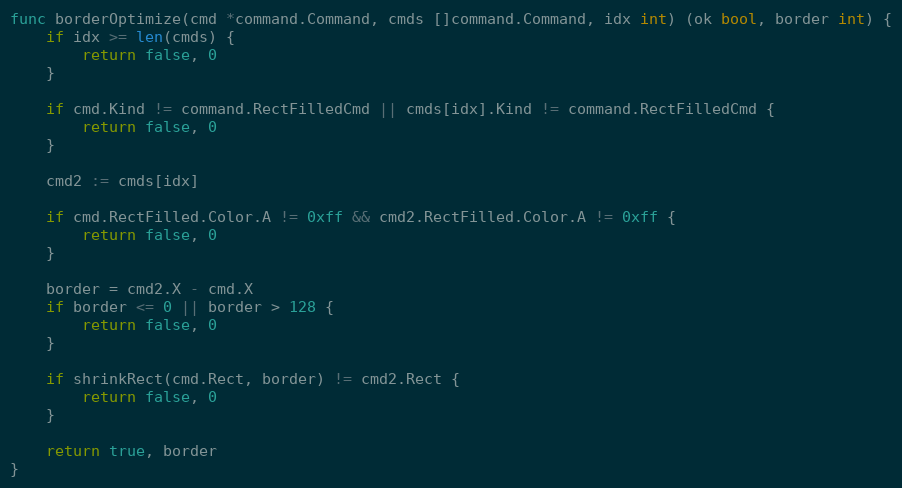
Language: Go
func borderOptimize(cmd *command.Command, cmds []command.Command, idx int) (ok bool, border int) {
	if idx >= len(cmds) {
		return false, 0
	}

	if cmd.Kind != command.RectFilledCmd || cmds[idx].Kind != command.RectFilledCmd {
		return false, 0
	}

	cmd2 := cmds[idx]

	if cmd.RectFilled.Color.A != 0xff && cmd2.RectFilled.Color.A != 0xff {
		return false, 0
	}

	border = cmd2.X - cmd.X
	if border <= 0 || border > 128 {
		return false, 0
	}

	if shrinkRect(cmd.Rect, border) != cmd2.Rect {
		return false, 0
	}

	return true, border
}